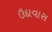
ઉદાવાસ